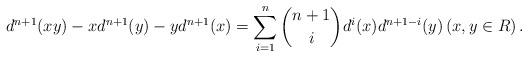
LaTeX: \begin{align*} d^{n+1}(xy)-xd^{n+1}(y)-yd^{n+1}(x)= \sum_{i=1}^{n}\binom{n+1}{i}d^{i}(x)d^{n+1-i}(y) \left(x, y\in R\right). \end{align*}